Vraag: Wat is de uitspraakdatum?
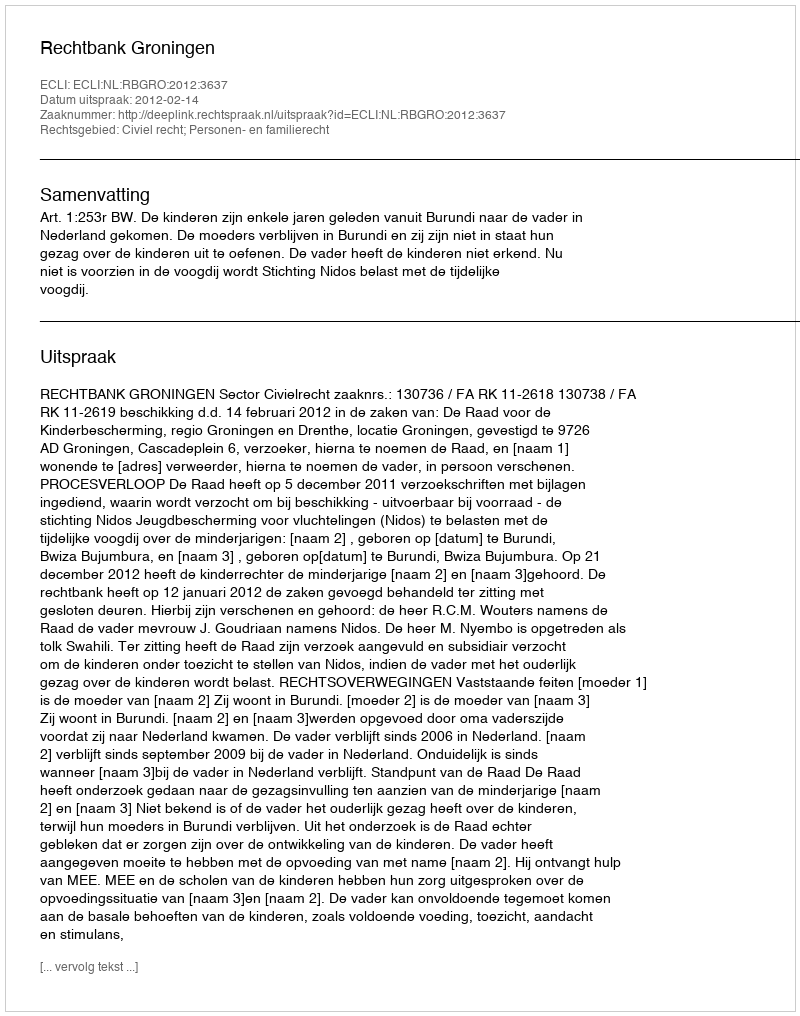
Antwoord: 2012-02-14